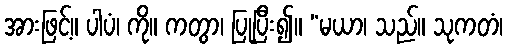
အားဖြင့်။ ပါပံ၊ ကို။ ကတွာ၊ ပြုပြီး၍။ “မယာ၊ သည်။ သုကတံ၊